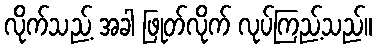
လိုက်သည့် အခါ ဖြုတ်လိုက် လုပ်ကြည့်သည်။